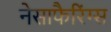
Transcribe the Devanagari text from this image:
नेसाफैरिंग्स